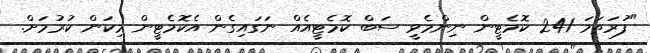
"ފުރަތަމަ 241 ކޮމެޓީން ނިންމެވީ ސަބް ކޮމެޓީއެއް ނަގައިގެން އެކޮމެޓީން މިކަން ކުރުމަށް.